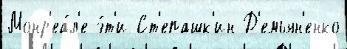
Монр'еа́л'е э́т'и Ст'епашк'ин Д'емьян'енко